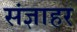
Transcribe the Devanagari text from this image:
संज्ञाहर